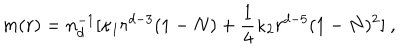
LaTeX: m ( r ) = n _ { d } ^ { - 1 } [ \kappa _ { 1 } r ^ { d - 3 } ( 1 - N ) + \frac 1 4 \kappa _ { 2 } r ^ { d - 5 } ( 1 - N ) ^ { 2 } ] \ ,